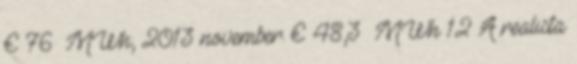
€ 76 MWh; 2013 november: € 48,3 MWh 12 A realista